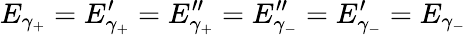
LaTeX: E_{\gamma_{+}}=E_{\gamma_{+}}^{\prime}=E_{\gamma_{+}}^{\prime\prime}=E_{\gamma_{-}}^{\prime\prime}=E_{\gamma_{-}}^{\prime}=E_{\gamma_{-}}